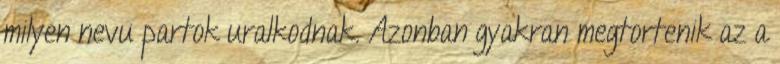
milyen nevu partok uralkodnak. Azonban gyakran megtortenik az a